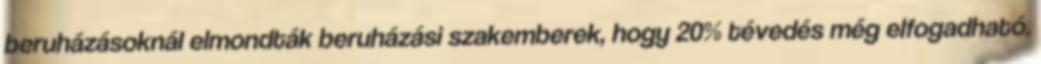
beruházásoknál elmondták beruházási szakemberek, hogy 20% tévedés még elfogadható.